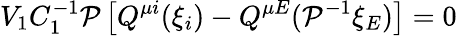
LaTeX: V_{1}C_{1}^{-1}{\cal P}\left[Q^{\mu i}(\xi_{i})-Q^{\mu E}({\cal P}^{-1}\xi_{E})\right]=0